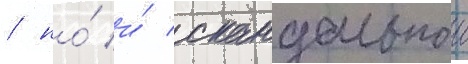
/ но́ и́ скандальнои